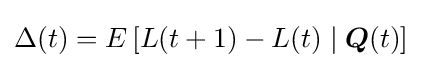
\Delta (t)=E\left[L(t+1)-L(t)\mid {\boldsymbol {Q}}(t)\right]